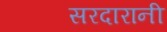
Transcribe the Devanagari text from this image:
सरदारानी